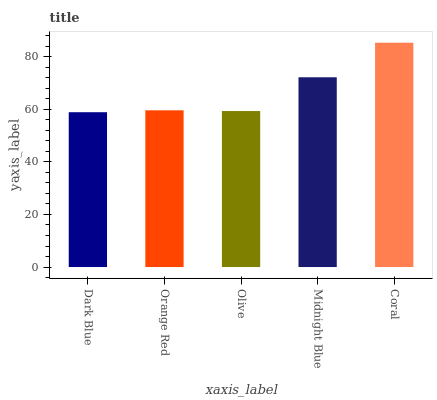
| xaxis_label | bars |
 | --- | --- |
 | Dark Blue | 58.9 |
 | Orange Red | 59.6 |
 | Olive | 59.3 |
 | Midnight Blue | 72.2 |
 | Coral | 85.3 |